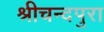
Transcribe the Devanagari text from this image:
श्रीचन्दपुरा